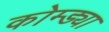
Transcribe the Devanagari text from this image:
कोम्ड्या